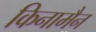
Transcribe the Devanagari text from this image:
किनामैन